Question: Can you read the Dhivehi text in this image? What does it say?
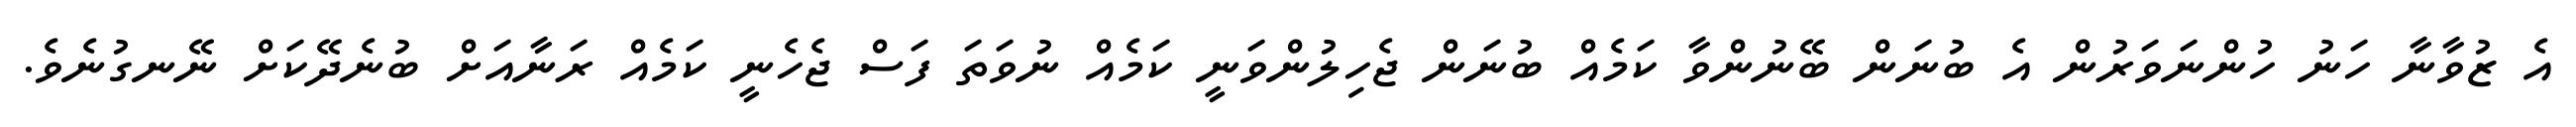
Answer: އެ ޒުވާނާ ހަނު ހުންނަވަރުން އެ ބުނަން ބޭނުންވާ ކަމެއް ބުނަން ޖެހިލުންވަނީ ކަމެއް ނުވަތަ ފަސް ޖެހެނީ ކަމެއް ރަނާއަށް ބުނެދޭކަށް ނޭނގުނެވެ.